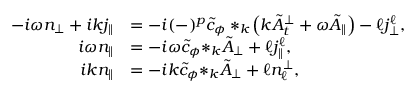
\begin{array} { r l } { - i \omega { n _ { \perp } } + i k { j _ { \| } } } & { = - i ( - ) ^ { p } \tilde { c } _ { \phi } * _ { k } \! \left( k \tilde { A } _ { t } ^ { \perp } + \omega \tilde { A } _ { \| } \right) - \ell { j _ { \perp } ^ { \ell } } , } \\ { i \omega { n } _ { \| } } & { = - i \omega \tilde { c } _ { \phi } { * _ { k } \tilde { A } _ { \perp } } + \ell j _ { \| } ^ { \ell } , } \\ { i k { n _ { \| } } } & { = - i k \tilde { c } _ { \phi } { * _ { k } \tilde { A } _ { \perp } } + \ell { n _ { \ell } ^ { \perp } } , } \end{array}